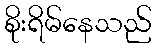
စိုးရိမ်နေသည်